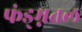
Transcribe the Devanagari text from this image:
फंड्म्नतल